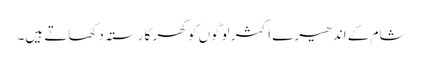
شام کے اندھیرے اکثر لوگوں کو گھر کا رستہ دِکھاتے ہیں۔